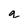
Character: q